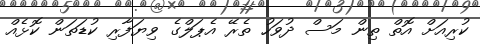
ކުރިއަށް އޮތް ތިން މަސް ދުވަހު ތެރޭ އެޕަލްގެ ވިޔަފާރި ކުޑަތަން ކޮޅެއް